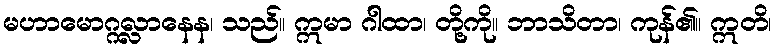
မဟာမောဂ္ဂလ္လာနေန၊ သည်။ ဣမာ ဂါထာ၊ တို့ကို။ ဘာသိတာ၊ ကုန်၏။ ဣတိ၊